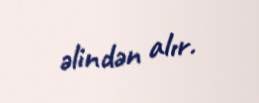
əlindən alır.